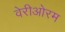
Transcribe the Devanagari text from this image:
वेरीओरम